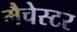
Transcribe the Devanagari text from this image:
मैचेस्टर